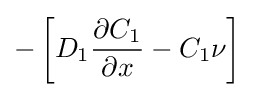
-\left[D_{1}{\frac {\partial C_{1}}{\partial x}}-C_{1}\nu \right]